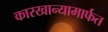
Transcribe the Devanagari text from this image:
कारखान्यामार्फत